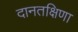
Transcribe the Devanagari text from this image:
दानतक्षिणा